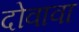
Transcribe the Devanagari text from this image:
दोवावा